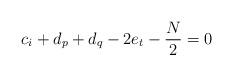
LaTeX: \begin{align*}c_i+d_p+d_q-2e_t-\frac{N}{2} = 0 \end{align*}